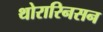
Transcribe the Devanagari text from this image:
थोरारिनसन